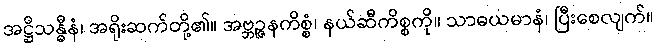
အဋ္ဌိသန္ဓီနံ၊ အရိုးဆက်တို့၏။ အဗ္ဘဉ္ဇနကိစ္စံ၊ နယ်ဆီကိစ္စကို။ သာဓယမာနံ၊ ပြီးစေလျက်။